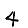
Digit: 4